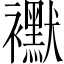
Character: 𧞾